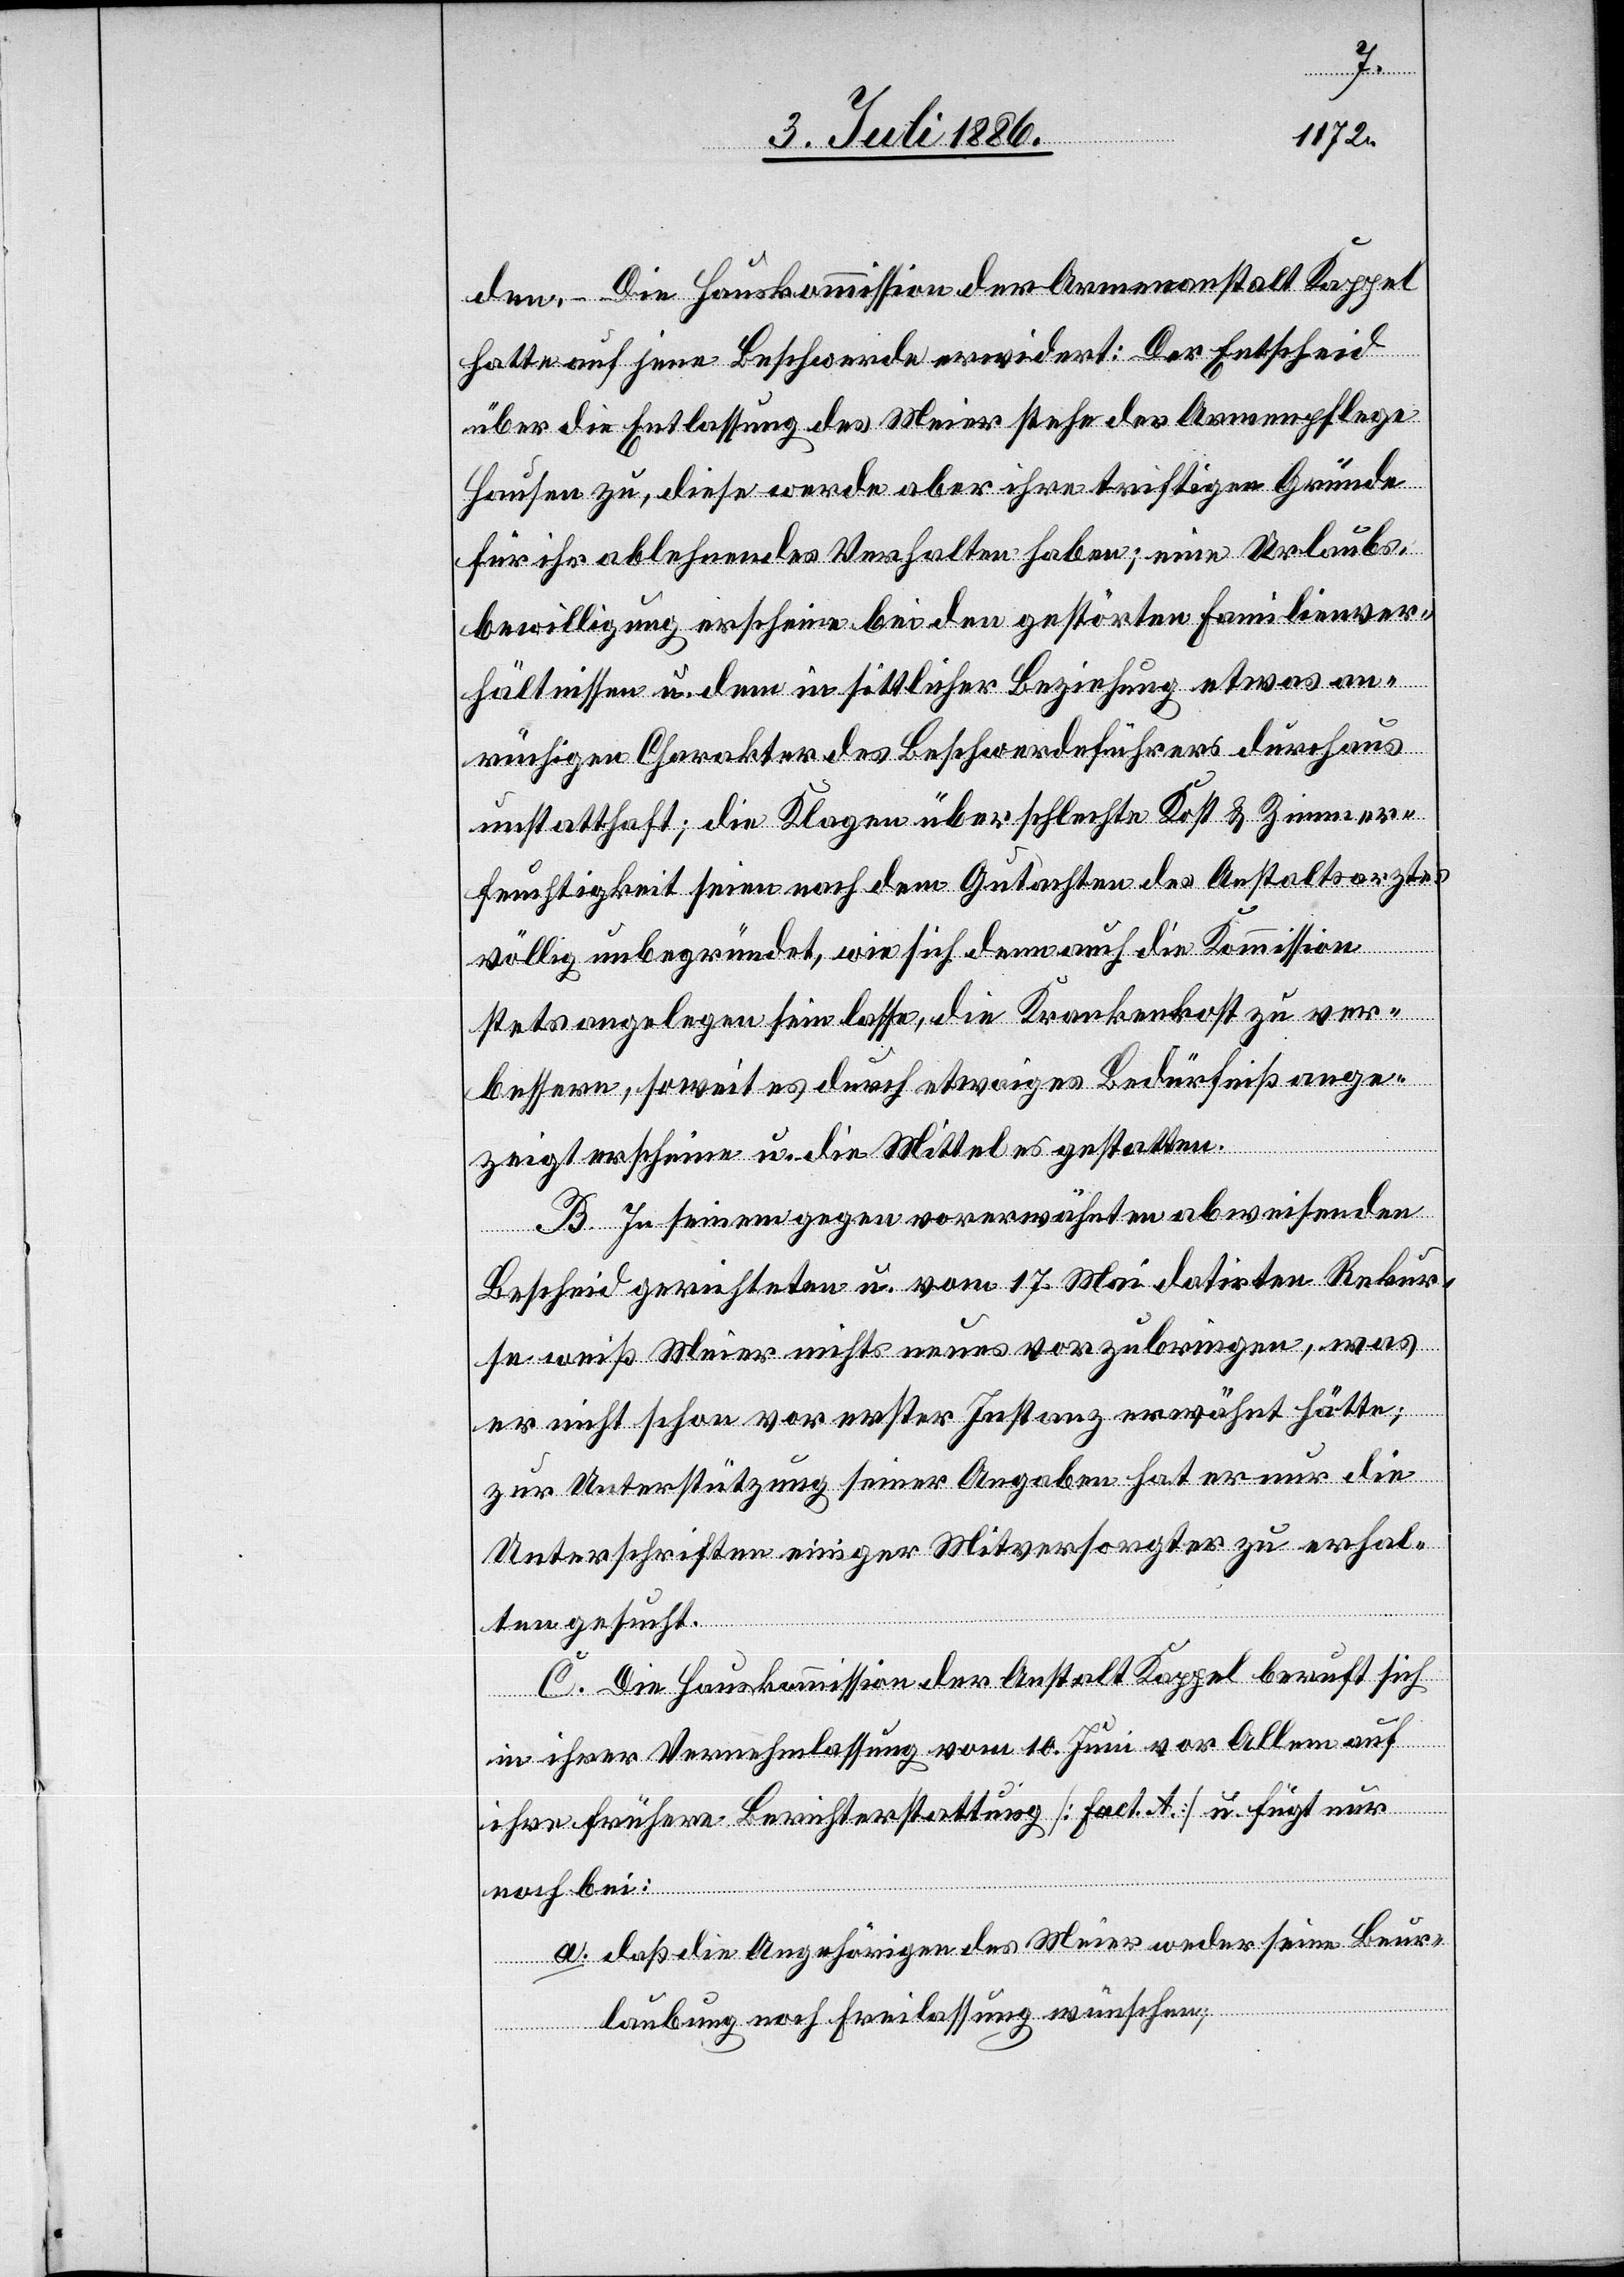
den. – Die Hauskommission der Armenanstalt Kappel
hatte auf jene Beschwerde erwidert: Der Entscheid
über die Entlassung des Meier stehe der Armenpflege
Hausen zu, diese werde aber ihre triftigen Gründe
für ihr ablehnendes Verhalten haben; eine Urlaubs¬
bewilligung erscheine bei den gestörten Familienver¬
hältnissen u. dem in sittlicher Beziehung etwas an¬
rüchigen Charakter des Beschwerdeführers durchaus
unstatthaft; die Klagen über schlechte Kost & Zimmer¬
feuchtigkeit seien nach dem Gutachten des Anstaltsarztes
völlig unbegründet, wie sich denn auch die Kommission
stets angelegen sein lasse, die Krankenkost zu ver¬
bessern, soweit es durch etwaiges Bedürfniß ange¬
zeigt erscheine u. die Mittel es gestatten.
B. In seinem gegen vorerwähnten abweisenden
Bescheid gerichteten u. vom 17. Mai datirten Rekur¬
se weiß Meier nichts neues vorzubringen, was
er nicht schon vor erster Instanz erwähnt hätte;
zur Unterstützung seiner Angaben hat er nur die
Unterschriften einiger Mitversorgter zu erhal¬
ten gesucht.
C. Die Hauskommission der Anstalt Kappel beruft sich
in ihrer Vernehmlassung vom 10. Juni vor Allem auf
ihre frühere Berichterstattung [Fact. A] u. fügt nur
noch bei:
a. daß die Angehörigen des Meier weder seine Beur¬
laubung noch Freilassung wünschen;